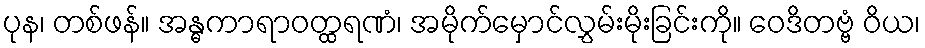
ပုန၊ တစ်ဖန်။ အန္ဓကာရာဝတ္ထရဏံ၊ အမိုက်မှောင်လွှမ်းမိုးခြင်းကို။ ဝေဒိတဗ္ဗံ ဝိယ၊